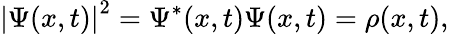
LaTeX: \left|\Psi(x,t)\right|^{2}=\Psi^{*}(x,t)\Psi(x,t)=\rho(x,t),